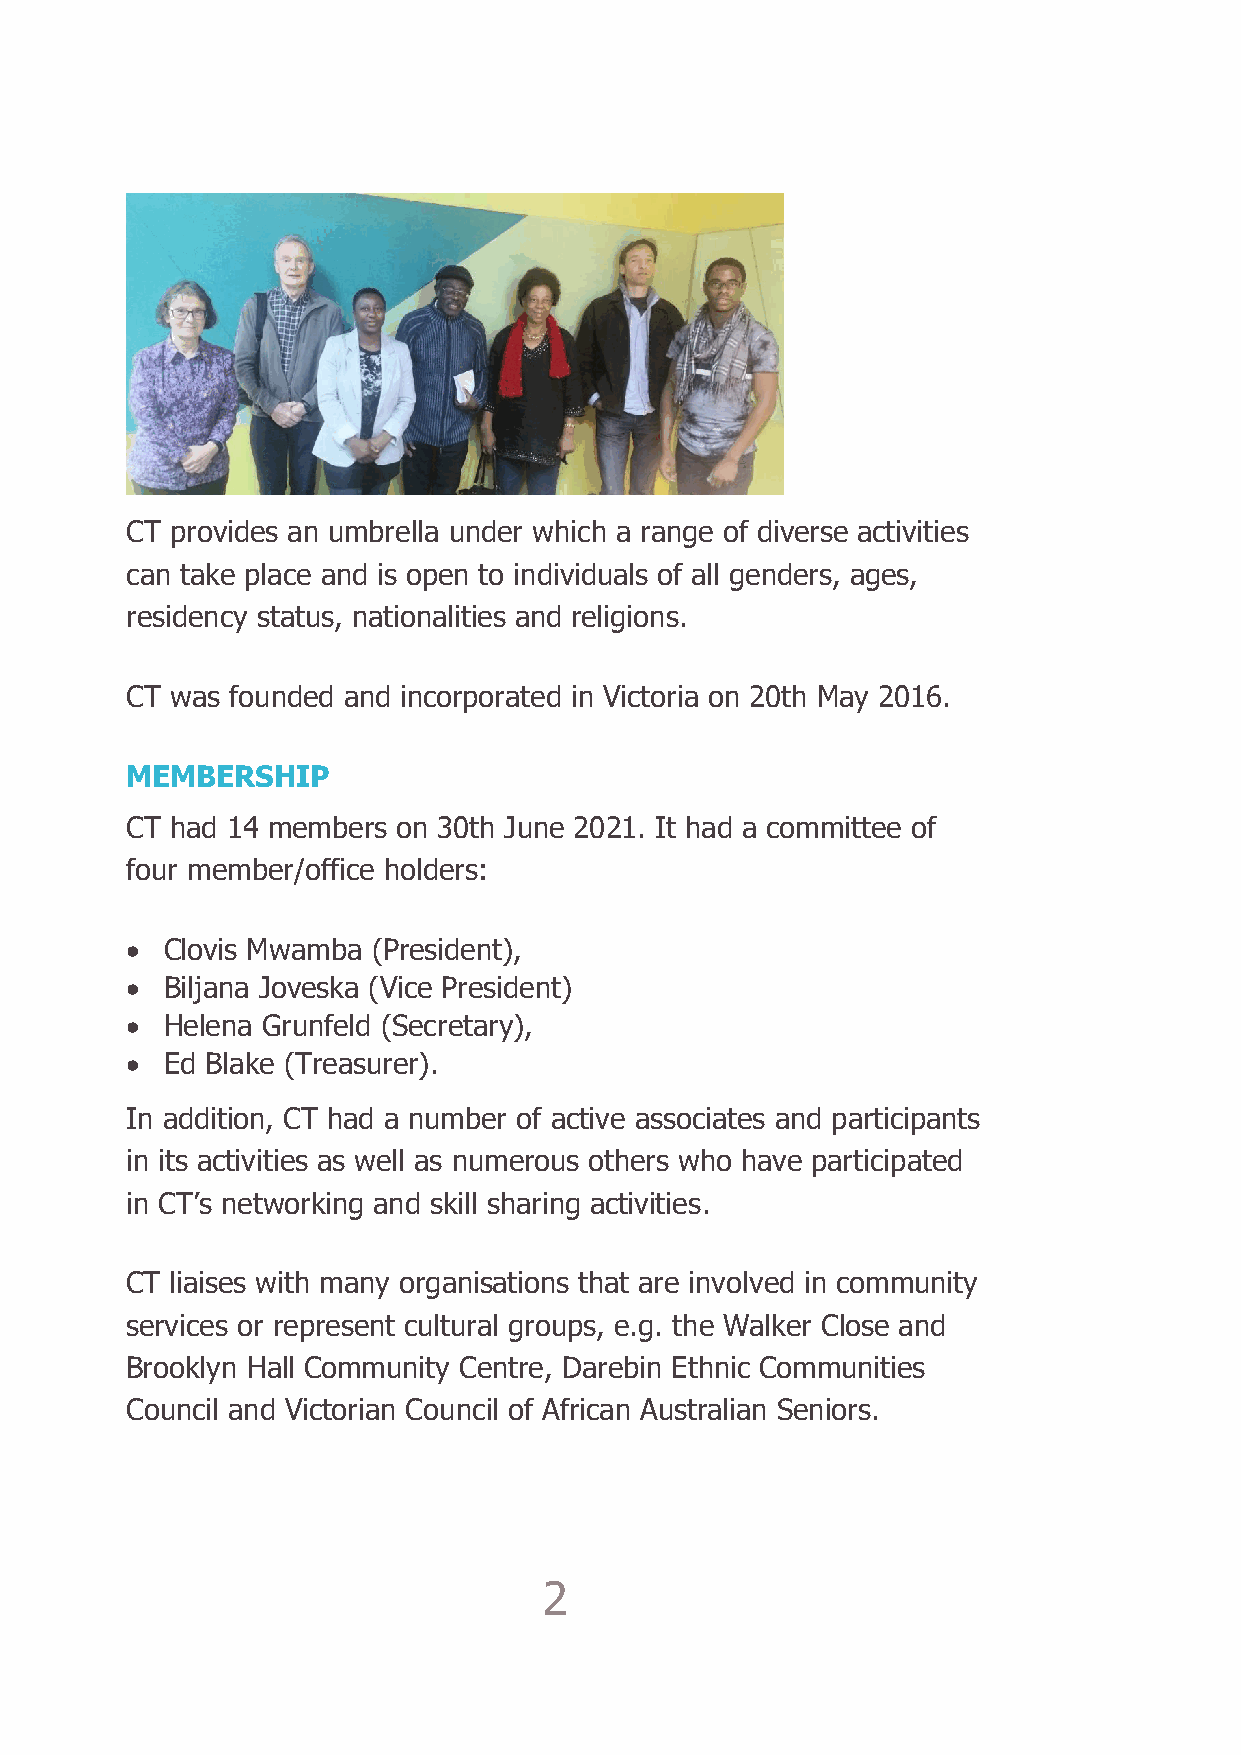
CT provides an umbrella under which a range of diverse activities
 can take place and is open to individuals of all genders, ages,
 residency status, nationalities and religions.
 CT was founded and incorporated in Victoria on 20th May 2016.
 MEMBERSHIP
 CT had 14 members on 30th June 2021. It had a committee of
 four member/office holders:
 •  Clovis Mwamba (President),
 •  Biljana Joveska (Vice President)
 •  Helena Grunfeld (Secretary),
 •  Ed Blake (Treasurer).
 In addition, CT had a number of active associates and participants
 in its activities as well as numerous others who have participated
 in CT’s networking and skill sharing activities.
 CT liaises with many organisations that are involved in community
 services or represent cultural groups, e.g. the Walker Close and
 Brooklyn Hall Community Centre, Darebin Ethnic Communities
 Council and Victorian Council of African Australian Seniors.
 2